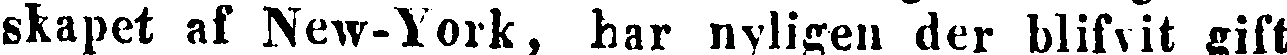
skapet af New-York, har nyligen der blifvit gift